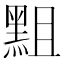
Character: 𪐵